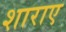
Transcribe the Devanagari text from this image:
शाराए